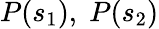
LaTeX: P(s_{1}),\; P(s_{2})